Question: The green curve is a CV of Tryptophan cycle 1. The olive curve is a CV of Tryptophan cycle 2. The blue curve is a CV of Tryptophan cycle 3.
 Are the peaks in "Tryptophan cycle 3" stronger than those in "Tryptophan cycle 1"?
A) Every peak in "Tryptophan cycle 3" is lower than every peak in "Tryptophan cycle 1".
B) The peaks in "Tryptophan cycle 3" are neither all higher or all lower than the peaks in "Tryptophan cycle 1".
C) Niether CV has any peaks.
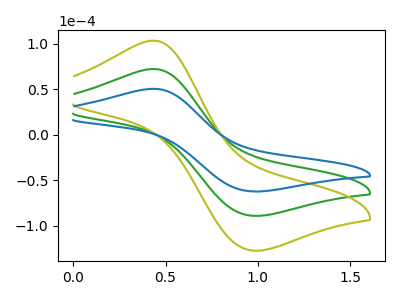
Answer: <think>The green curve "Tryptophan cycle 1" has an anodic peak at (0.45V, 72.35uA) and a cathodic peak at (0.95V, -88.85uA). The olive curve "Tryptophan cycle 2" has an anodic peak at (0.45V, 144.65uA) and a cathodic peak at (0.95V, -177.65uA). The blue curve "Tryptophan cycle 3" has an anodic peak at (0.45V, 50.55uA) and a cathodic peak at (0.95V, -62.10uA).</think>
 <answer>A) Every peak in "Tryptophan cycle 3" is lower than every peak in "Tryptophan cycle 1".</answer>
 <eval>A</eval>